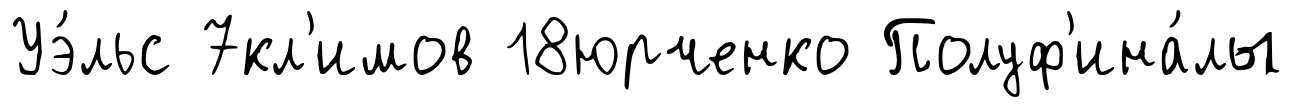
Уэ́льс 7кл'имов 18юрченко Полуф'ина́лы